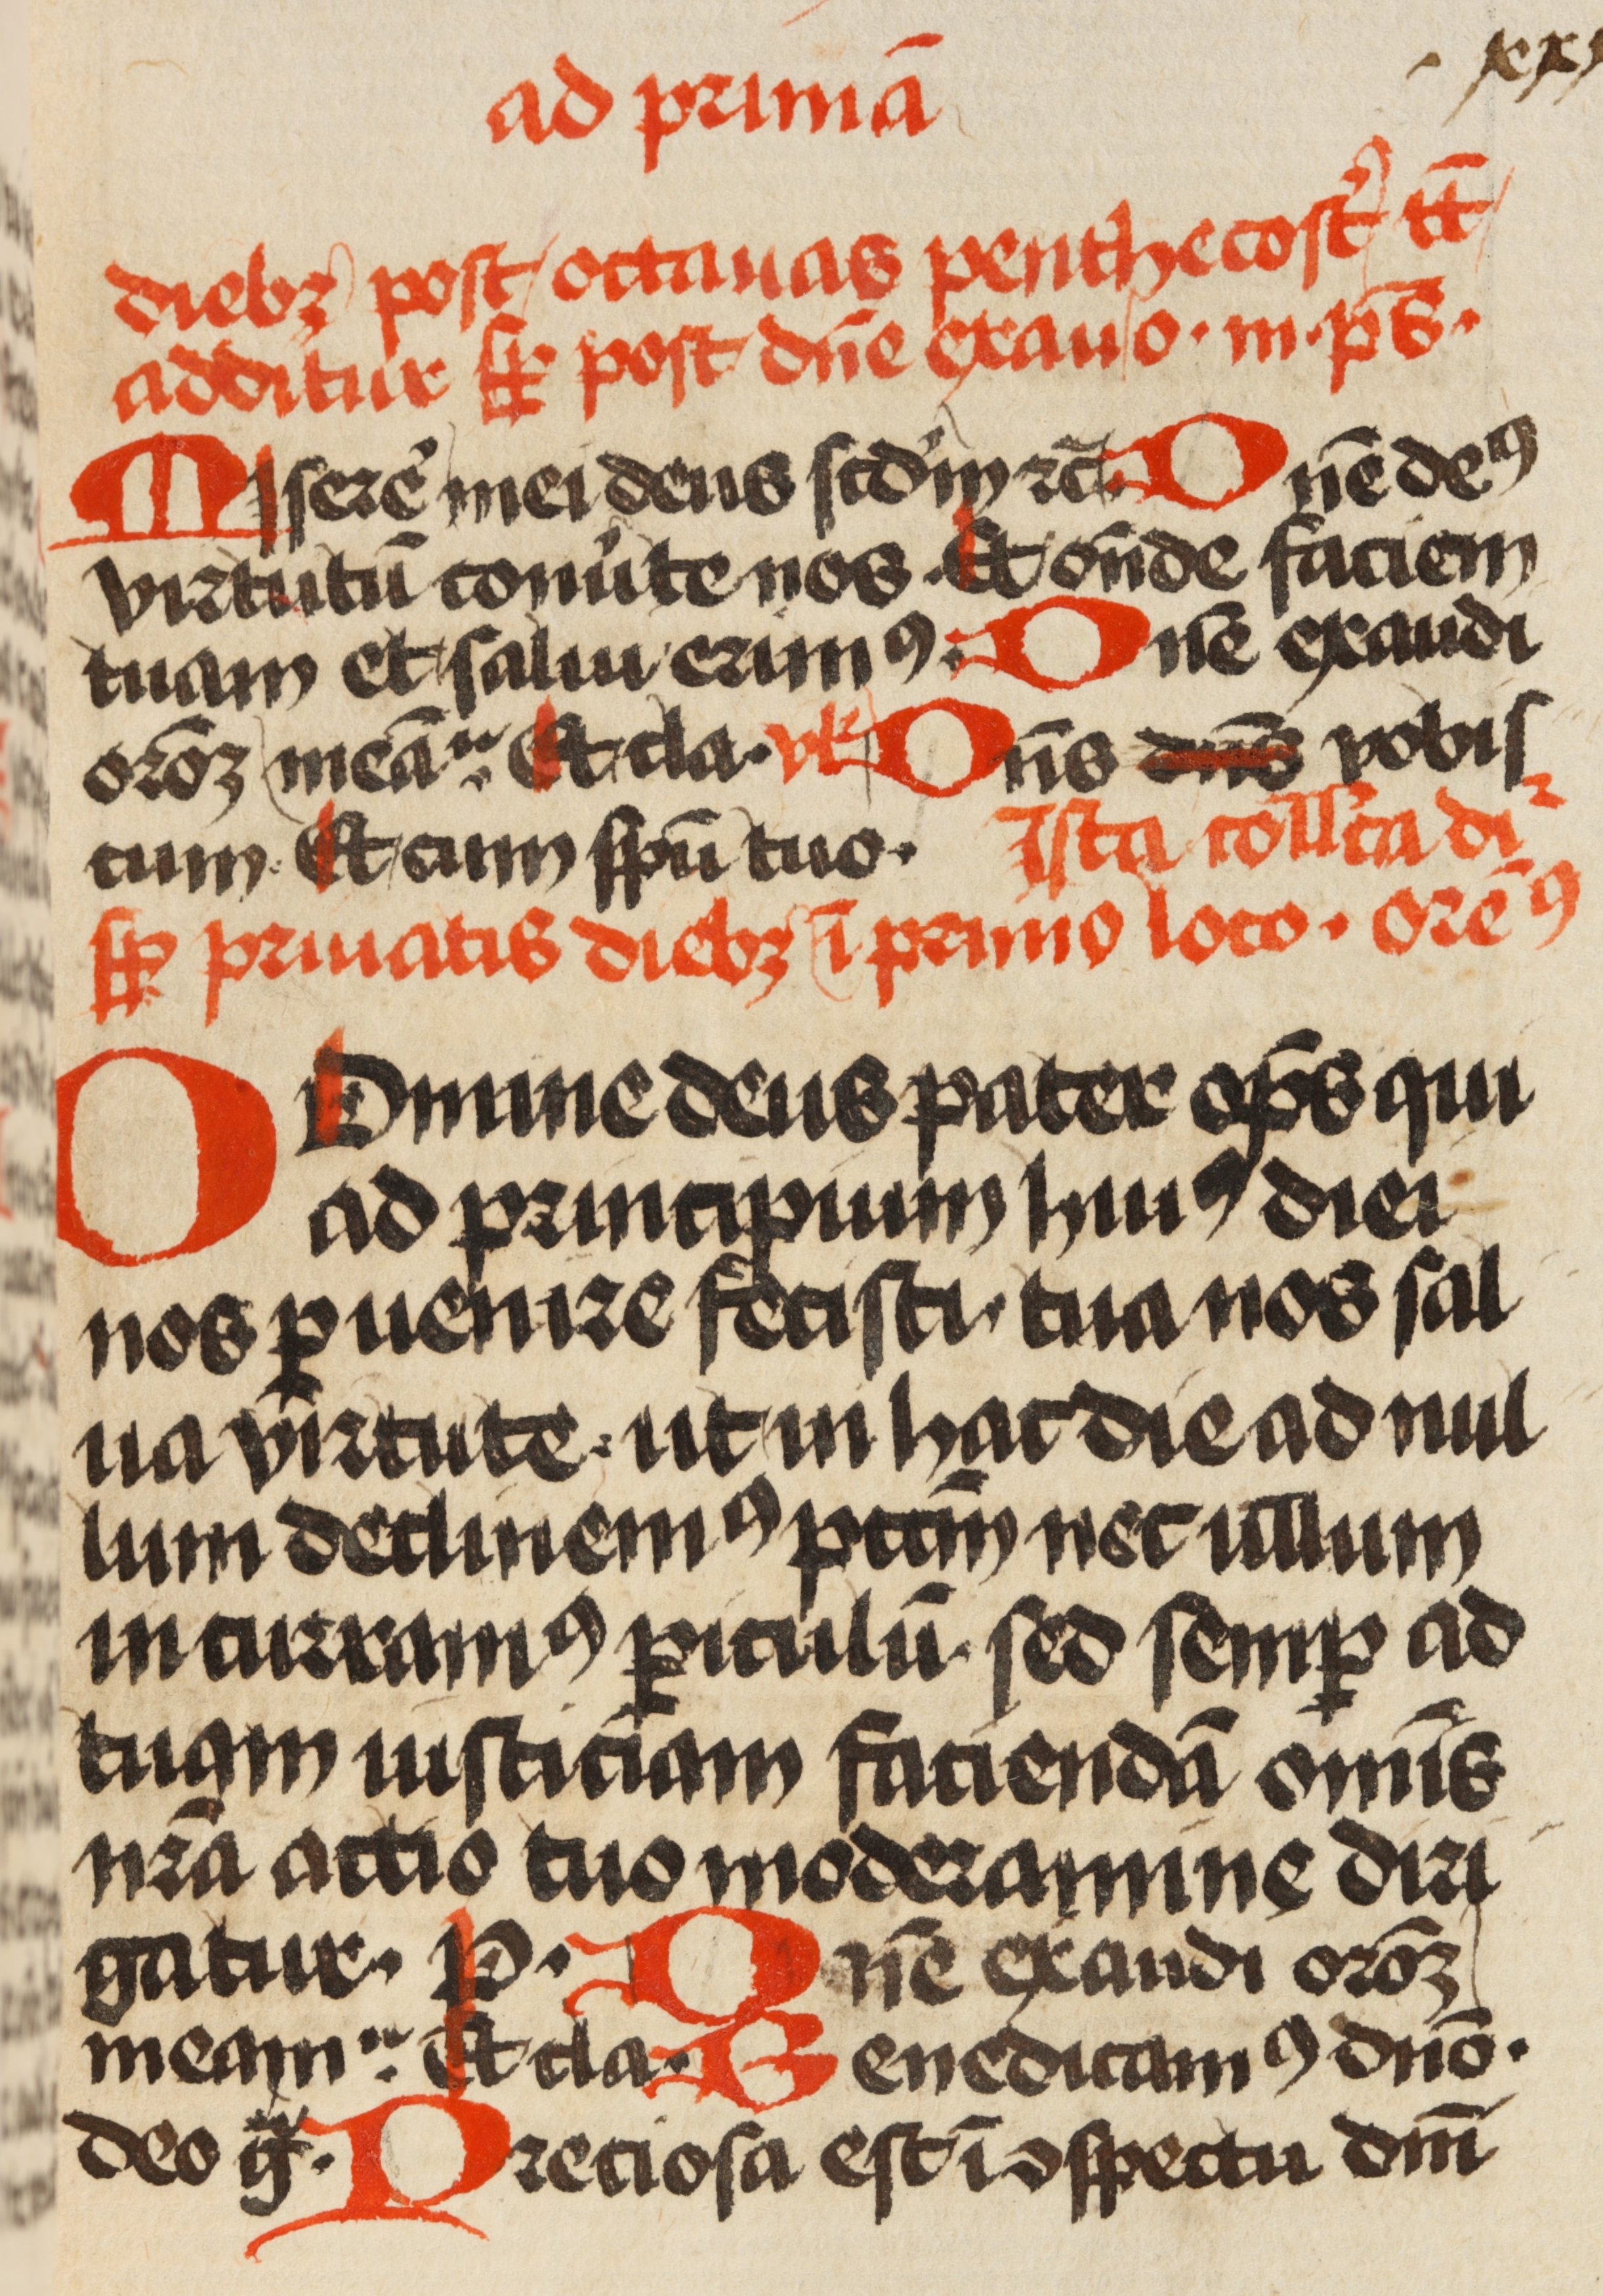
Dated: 1471–1471